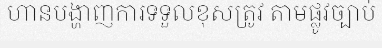
ហានបង្ហាញការទទួលខុសត្រូវ តាមផ្លូវច្បាប់